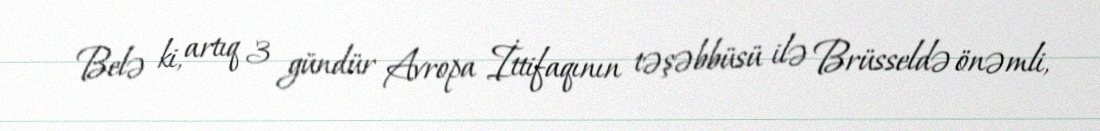
Belə ki, artıq 3 gündür Avropa İttifaqının təşəbbüsü ilə Brüsseldə önəmli,